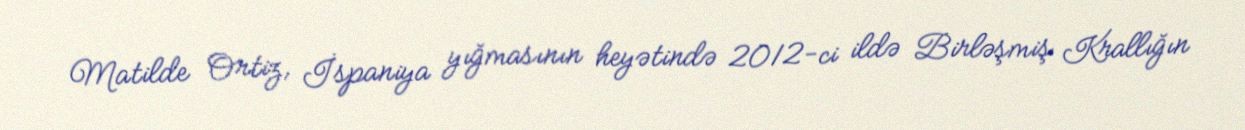
Matilde Ortiz, İspaniya yığmasının heyətində 2012-ci ildə Birləşmiş Krallığın